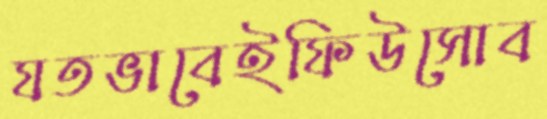
যতভাবেইফিউসোব